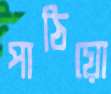
পাঠিয়ো